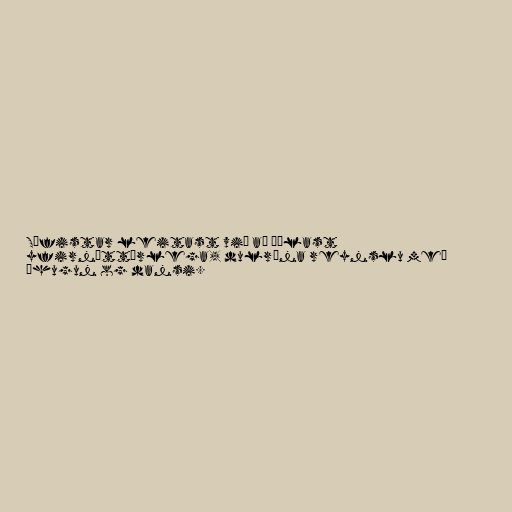
Súfistar leitast við að öðlast
yfirnáttúrlega, dulræna reynslu með
íhugun og dansi.